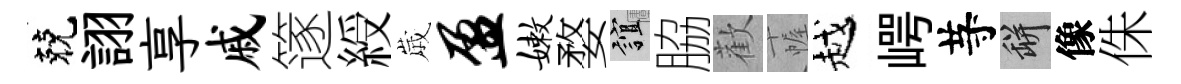
兢詡享戚篴綬𡻕盈嫩婺誼脇歡幄越崿䒭瓶像侏